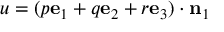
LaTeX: u = ( p \mathbf { e } _ { 1 } + q \mathbf { e } _ { 2 } + r \mathbf { e } _ { 3 } ) \cdot \mathbf { n } _ { 1 }